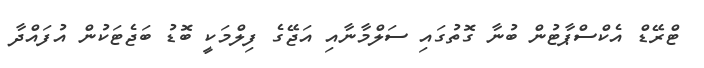
ޓްރޭޑް އެކްސްޕާޓުން ބުނާ ގޮތުގައި ސަލްމާނާއި އަޖޭގެ ފިލްމަކީ ބޮޑު ބަޖެޓަކުން އުފައްދާ